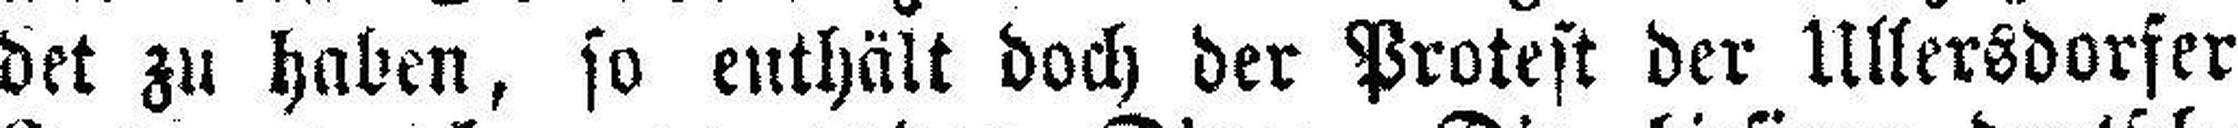
det zu haben, so enthält doch der Protest der Ullersdorfer